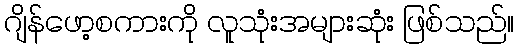
ဂျိန်ဖော့စကားကို လူသုံးအများဆုံး ဖြစ်သည်။